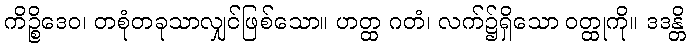
ကိဉ္စိဒေဝ၊ တစုံတခုသာလျှင်ဖြစ်သော။ ဟတ္ထ ဂတံ၊ လက်၌ရှိသော ဝတ္ထုကို။ ဒဒန္တိ